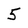
Character: 5